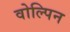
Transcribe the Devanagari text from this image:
वोल्पिन